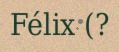
Félix (?